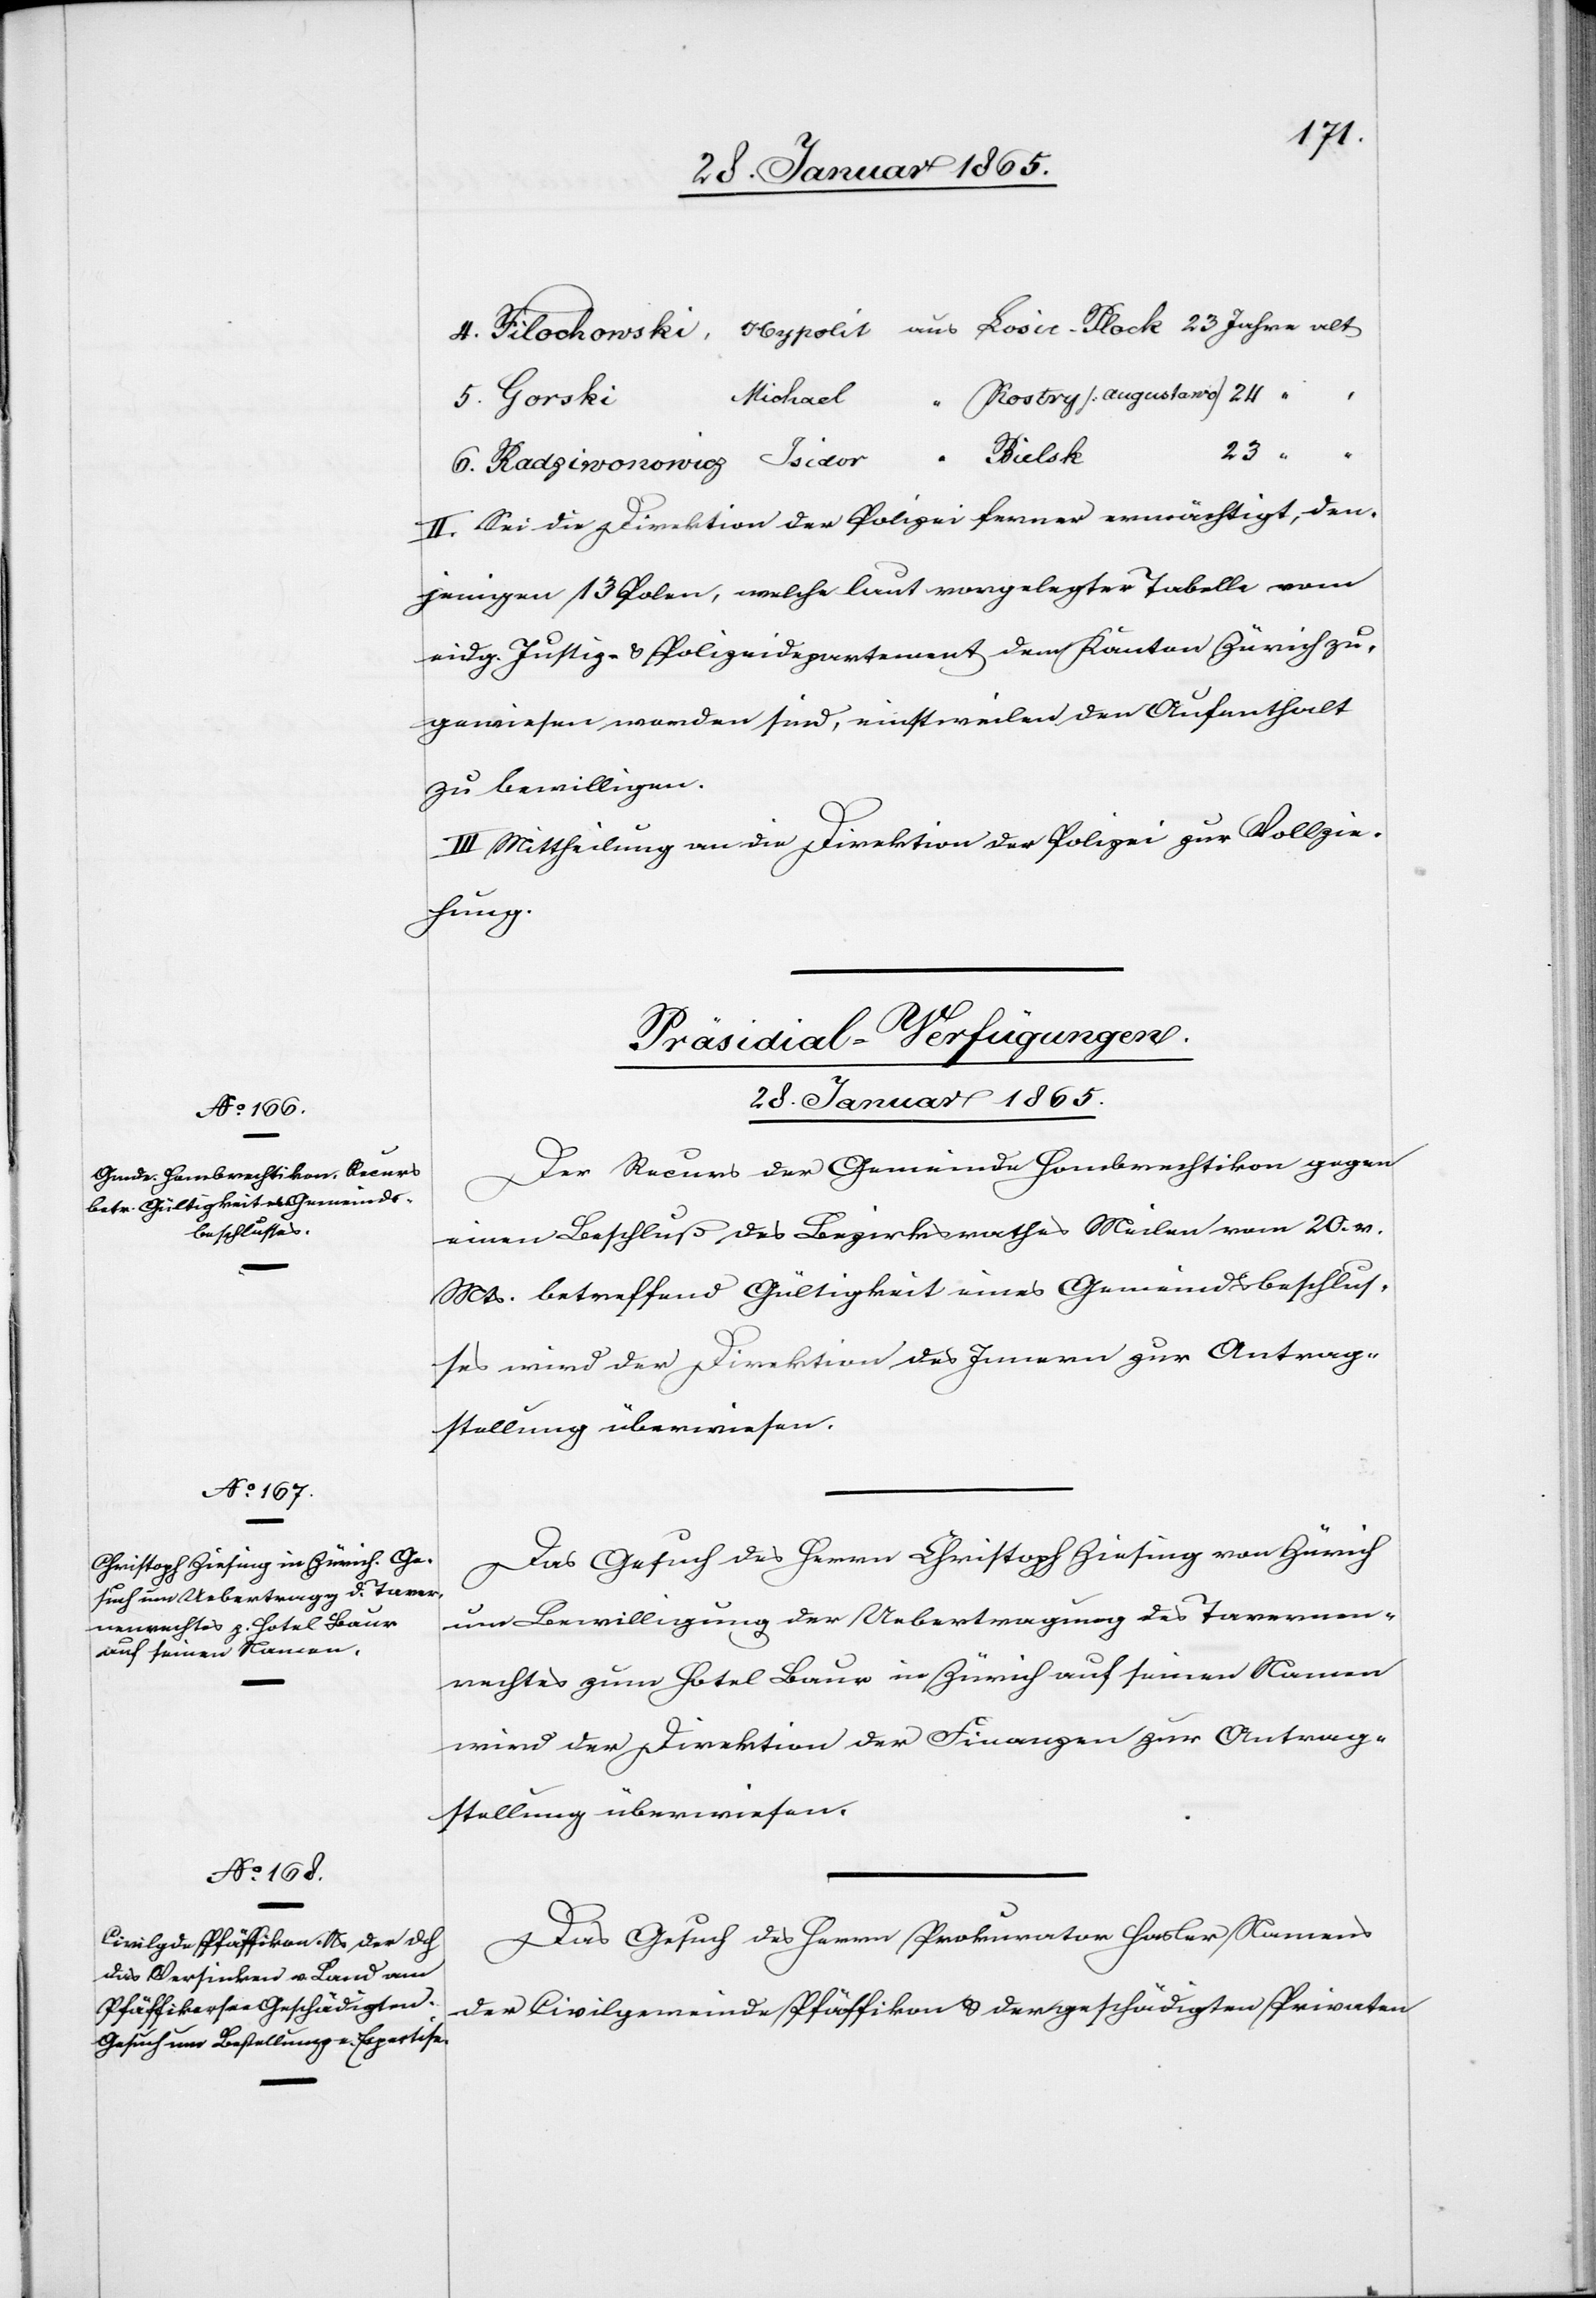
28. Januar 1865.]
23
Bielsk
II. Sei die Direktion der Polizei ferner ermächtigt, den¬
jenigen 13 Polen, welche laut vorgelegter Tabelle vom
eidg. Justiz- u. Polizeidepartement dem Kanton Zürich zu¬
gewiesen worden sind, einstweilen den Aufenthalt
zu bewilligen.
III Mittheilung an die Direktion der Polizei zur Vollzie¬
hung.
[Präsidial-Verfügungen.
28. Januar 1865.
Der Recurs der Gemeinde Hombrechtikon gegen
einen Beschluß des Bezirksrathes Meilen vom 20. v.
Mts. betreffend Gültigkeit eines Gemeindsbeschlus¬
ses wird der Direktion des Innern zur Antrag¬
stellung überwiesen.
Das Gesuch des Herrn Christoph Ziesing von Zürich
um Bewilligung der Uebertragung des Tavernen¬
rechtes zum Hotel Baur in Zürich auf seinen Namen
wird der Direktion der Finanzen zur Antrag¬
stellung überwiesen.
Das Gesuch des Herrn Prokurator Hasler Namens
der Civilgemeinde Pfäffikon u. der geschädigten Privaten